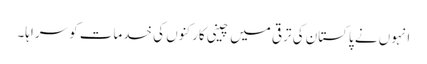
انہوں نے پاکستان کی ترقی میں چینی کارکنوں کی خدمات کو سراہا۔